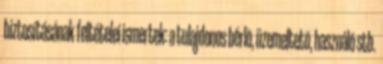
biztosításának feltételei ismertek: a tulajdonos bérlõ, üzemeltetõ, használó stb.